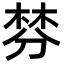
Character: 棼